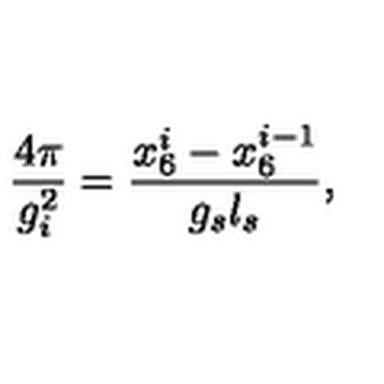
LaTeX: \frac { 4 \pi } { g _ { i } ^ { 2 } } = \frac { x _ { 6 } ^ { i } - x _ { 6 } ^ { i - 1 } } { g _ { s } l _ { s } } ,